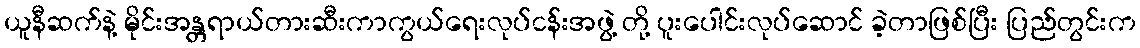
ယူနီဆက်နဲ့ မိုင်းအန္တရာယ်တားဆီးကာကွယ်ရေးလုပ်ငန်းအဖွဲ့ တို့ ပူးပေါင်းလုပ်ဆောင် ခဲ့တာဖြစ်ပြီး ပြည်တွင်းက